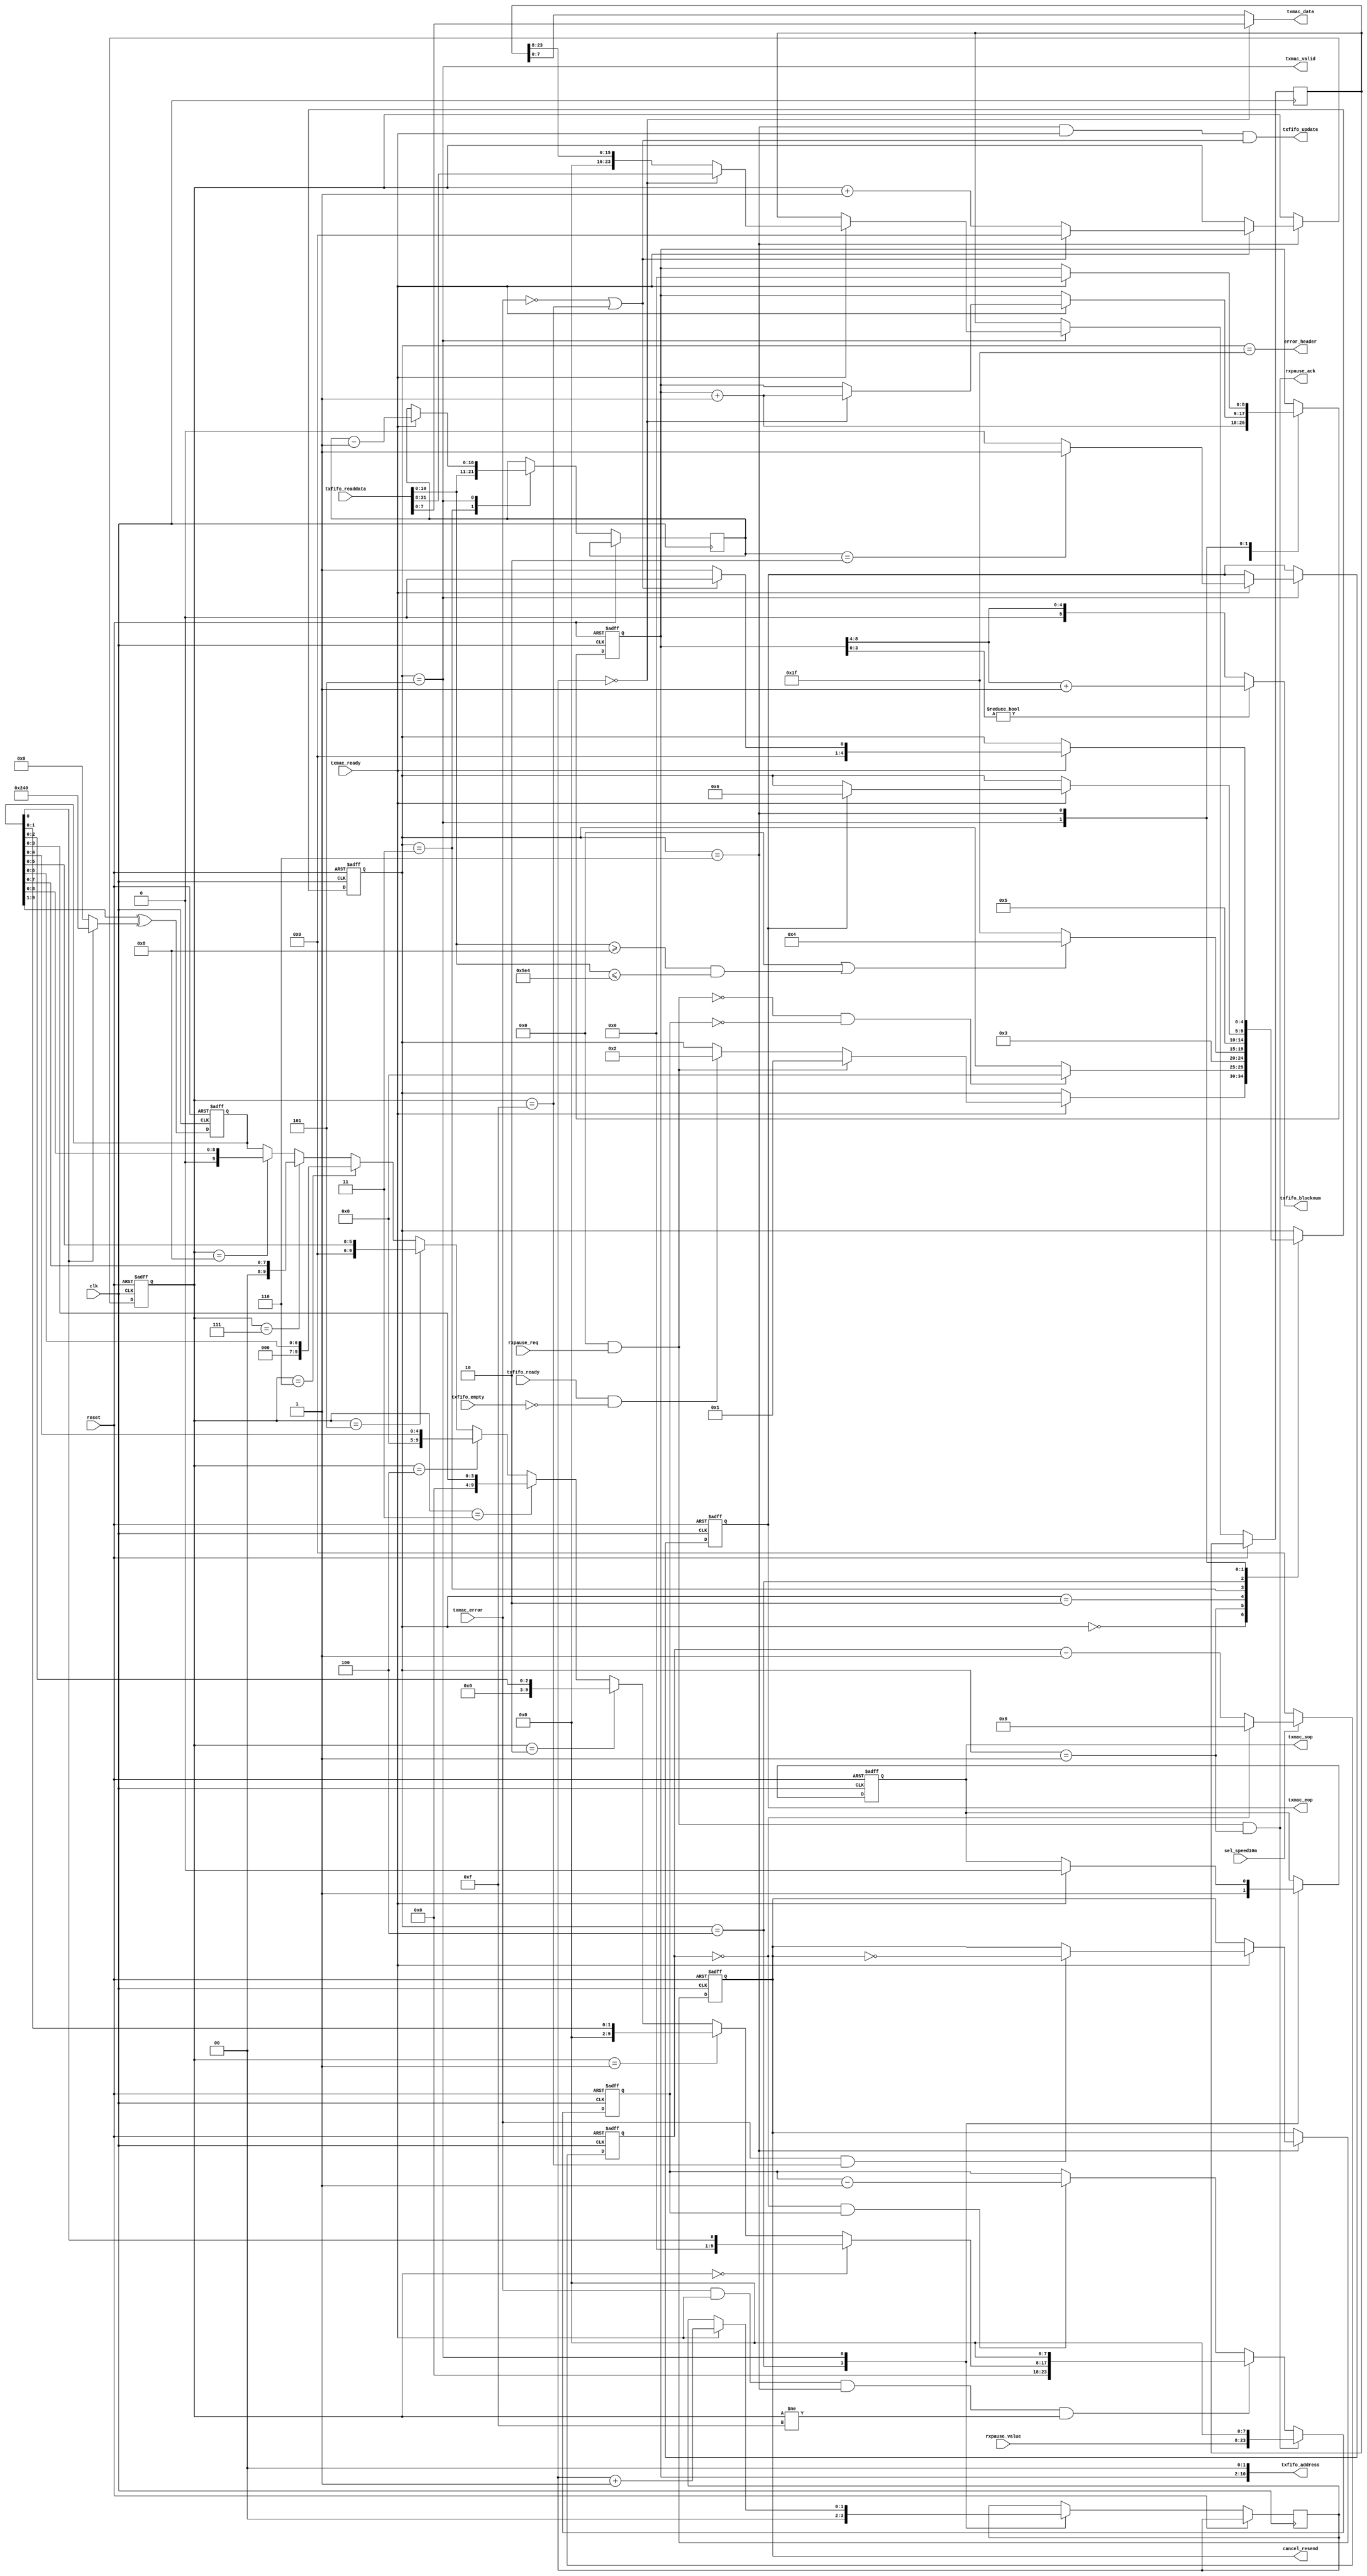
// ===================================================================
// TITLE : PERIDOT Ethernet I/O Extender / Packet Sender Control
//
//     DESIGN : s.osafune@j7system.jp (J-7SYSTEM WORKS LIMITED)
//            : 2022/08/29 (FIXED)
//
// ===================================================================
//
// The MIT License (MIT)
// Copyright (c) 2022 J-7SYSTEM WORKS LIMITED.
//
// Permission is hereby granted, free of charge, to any person obtaining a copy of
// this software and associated documentation files (the "Software"), to deal in
// the Software without restriction, including without limitation the rights to
// use, copy, modify, merge, publish, distribute, sublicense, and/or sell copies
// of the Software, and to permit persons to whom the Software is furnished to do
// so, subject to the following conditions:
//
// The above copyright notice and this permission notice shall be included in all
// copies or substantial portions of the Software.
//
// THE SOFTWARE IS PROVIDED "AS IS", WITHOUT WARRANTY OF ANY KIND, EXPRESS OR
// IMPLIED, INCLUDING BUT NOT LIMITED TO THE WARRANTIES OF MERCHANTABILITY,
// FITNESS FOR A PARTICULAR PURPOSE AND NONINFRINGEMENT. IN NO EVENT SHALL THE
// AUTHORS OR COPYRIGHT HOLDERS BE LIABLE FOR ANY CLAIM, DAMAGES OR OTHER
// LIABILITY, WHETHER IN AN ACTION OF CONTRACT, TORT OR OTHERWISE, ARISING FROM,
// OUT OF OR IN CONNECTION WITH THE SOFTWARE OR THE USE OR OTHER DEALINGS IN THE
// SOFTWARE.
//

// []
//
// MEMFIFO
//   +0 : FIFO(bit10-0:len)
//   +4 : 03()
//   +8 : 45
//    :
//   +n : (n-1)*4(len-1)
//
// FIFO
//   blocknum = (len + 4 + (BLOCKSIZE - 1)) / BLOCKSIZE
//
// rxpauseAvalon-ST
//   rxpause_req    valid
//   rxpause_value  data
//   rxpause_ack    ready
//

// Verilog-2001 / IEEE 1364-2001
`default_nettype none

module peridot_ethio_txctrl #(
	parameter PACKET_LENGTH_MIN			= 8,	// (864, DA+TYPE)
	parameter PACKET_LENGTH_MAX			= 1508,	// (5121508, DA+TYPE+)
	parameter PACKET_RESENDNUM_MAX		= 15,	// (115, IGNORE_COLLISION_DETECT=0)
	parameter BACKOFF_TIMESLOT_UNIT		= 1,	// (1)
	parameter FIFO_BLOCKNUM_BITWIDTH	= 6,	// FIFO (2^n) : 4
	parameter FIFO_BLOCKSIZE_BITWIDTH	= 6,	//  (2^n) : 2
	parameter IGNORE_LENGTH_CHECK		= 0,	// 1=
	parameter IGNORE_COLLISION_DETECT	= 0,	// 1=()
	parameter ACCEPT_PAUSE_FRAME		= 0		// 1=PAUSE(0PAUSE)
) (
	input wire			reset,
	input wire			clk,
	input wire			sel_speed10m,	// 0=100Mbps, 1=10Mbps
	output wire			cancel_resend,	//  :  
	output wire			error_header,	// FIFO : ()

	// PAUSE 
	input wire			rxpause_req,	// PAUSE 
	input wire  [15:0]	rxpause_value,
	output wire			rxpause_ack,

	// FIFO 
	input wire			txfifo_ready,
	output wire			txfifo_update,
	output wire [FIFO_BLOCKNUM_BITWIDTH-1:0] txfifo_blocknum,
	input wire			txfifo_empty,
	output wire [10:0]	txfifo_address,
	input wire  [31:0]	txfifo_readdata,

	// MAC 
	input wire			txmac_ready,
	output wire			txmac_valid,
	output wire [7:0]	txmac_data,
	output wire			txmac_sop,
	output wire			txmac_eop,
	input wire			txmac_error		// 1=(), SOP 
);


/* =====  ========== */



/* -----  ------------------ */

	localparam	STATE_IDLE		= 5'd0,
				STATE_BACKOFF	= 5'd1,
				STATE_START1	= 5'd2,
				STATE_START2	= 5'd3,
				STATE_START3	= 5'd4,
				STATE_TXDATA	= 5'd5,
				STATE_RESEND	= 5'd6,
				STATE_ABORT		= 5'd31;

	localparam EOP_DATACOUNT	= 1 + 1;	// TXFIFO 


/*  */

/* =====  ====================== */
	wire			reset_sig = reset;		//  
	wire			clock_sig = clk;		//  

	wire			txmac_error_sig;
	wire			tx_ready_sig;
	wire			tx_valid_sig, tx_sop_sig, tx_eop_sig;
	wire [7:0]		tx_data_sig;
	wire			rxpause_req_sig;

	reg  [4:0]		txstate_reg;
	reg				tx_sop_reg;
	reg				tx_eop_reg;
	reg  [10:0]		data_count_reg;
	reg  [1:0]		byte_sel_reg;
	reg  [8:0]		memfifo_addr_reg;
	reg  [31:8]		memfifo_data_reg;
	reg  [3:0]		resend_count_reg;
	reg				err_toggle_reg;
	wire [FIFO_BLOCKNUM_BITWIDTH-1:0] update_blocknum_sig;

	reg  [3:0]		clkdiv_count_reg;
	reg  [23:0]		wait_count_reg;
	wire			wait_done_sig;

	reg  [9:0]		lfsr_reg;
	wire [15:0]		wait_value_sig;


/* wirereg */

/* =====  ============== */

//	assign test_tx_ready = tx_ready_sig;
//	assign test_wait_done = wait_done_sig;



/* =====  ============== */

	// MAC-TX 

	assign txmac_error_sig = (!IGNORE_COLLISION_DETECT && txmac_error);

	assign txmac_valid = tx_valid_sig;
	assign txmac_data = tx_data_sig;
	assign txmac_sop = tx_sop_sig;
	assign txmac_eop = tx_eop_sig;


	// FSM 

	assign tx_ready_sig = txmac_ready;
	assign rxpause_req_sig = (ACCEPT_PAUSE_FRAME && rxpause_req);

	always @(posedge clock_sig or posedge reset_sig) begin
		if (reset_sig) begin
			txstate_reg <= STATE_IDLE;
			tx_sop_reg <= 1'b0;
			tx_eop_reg <= 1'b0;
			memfifo_addr_reg <= 1'd0;
			resend_count_reg <= 1'd0;
			err_toggle_reg <= 1'b0;
		end
		else begin
			case (txstate_reg)

			STATE_IDLE : begin
				if (tx_ready_sig) begin
					if (rxpause_req_sig) begin
						txstate_reg <= STATE_BACKOFF;
					end
					else if (txfifo_ready && !txfifo_empty) begin
						txstate_reg <= STATE_START1;
					end
				end
			end

			//  
			STATE_BACKOFF : begin
				if (wait_done_sig) begin
					txstate_reg <= STATE_IDLE;
				end
			end

			//  
			STATE_START1 : begin
				txstate_reg <= STATE_START2;
				memfifo_addr_reg <= memfifo_addr_reg + 1'd1;
			end
			STATE_START2 : begin
				data_count_reg <= txfifo_readdata[10:0];

				if (IGNORE_LENGTH_CHECK || (txfifo_readdata[10:0] >= PACKET_LENGTH_MIN[10:0] && txfifo_readdata[10:0] <= PACKET_LENGTH_MAX[10:0])) begin
					txstate_reg <= STATE_START3;
				end
				else begin
					txstate_reg <= STATE_ABORT;
				end
			end
			STATE_START3 : begin
				txstate_reg <= STATE_TXDATA;
				tx_sop_reg <= 1'b1;
				byte_sel_reg <= 2'b00;
			end

			STATE_TXDATA : begin
				if (tx_ready_sig) begin
					tx_sop_reg <= 1'b0;
					data_count_reg <= data_count_reg - 1'd1;

					if (tx_eop_reg) begin
						txstate_reg <= STATE_RESEND;
					end

					if (data_count_reg == EOP_DATACOUNT[10:0]) begin
						tx_eop_reg <= 1'b1;
					end
					else begin
						tx_eop_reg <= 1'b0;
					end

					byte_sel_reg <= byte_sel_reg + 1'd1;

					if (!byte_sel_reg) begin
						memfifo_addr_reg <= memfifo_addr_reg + 1'd1;
						memfifo_data_reg <= txfifo_readdata[31:8];
					end
					else begin
						memfifo_data_reg <= {8'h00, memfifo_data_reg[31:16]};
					end
				end
			end

			//  
			STATE_RESEND : begin
				if (tx_ready_sig) begin
					memfifo_addr_reg <= 1'd0;

					if (!txmac_error_sig || resend_count_reg == PACKET_RESENDNUM_MAX[3:0]) begin
						txstate_reg <= STATE_IDLE;
						resend_count_reg <= 1'd0;
					end
					else begin
						txstate_reg <= STATE_BACKOFF;
						resend_count_reg <= resend_count_reg + 1'd1;
					end

					if (txmac_error_sig && resend_count_reg == PACKET_RESENDNUM_MAX[3:0]) begin
						err_toggle_reg <= ~err_toggle_reg;
					end
				end
			end

			// ()
			STATE_ABORT : begin
			end

			endcase
		end
	end

	assign cancel_resend = (!IGNORE_COLLISION_DETECT && err_toggle_reg);
	assign error_header = (txstate_reg == STATE_ABORT);

	assign rxpause_ack = (rxpause_req_sig && txstate_reg == STATE_BACKOFF);

	assign txfifo_update = (txstate_reg == STATE_RESEND && tx_ready_sig && (!txmac_error_sig || resend_count_reg == PACKET_RESENDNUM_MAX[3:0]));
	assign update_blocknum_sig = memfifo_addr_reg[8:FIFO_BLOCKSIZE_BITWIDTH-2];
	assign txfifo_blocknum = (memfifo_addr_reg[(FIFO_BLOCKSIZE_BITWIDTH-2)-1:0])? update_blocknum_sig + 1'd1 : update_blocknum_sig;
	assign txfifo_address = {memfifo_addr_reg, 2'b00};

	assign tx_valid_sig = (txstate_reg == STATE_TXDATA);
	assign tx_data_sig = (!byte_sel_reg)? txfifo_readdata[7:0] : memfifo_data_reg[15:8];
	assign tx_sop_sig = tx_sop_reg;
	assign tx_eop_sig = tx_eop_reg;


	//  

	always @(posedge clock_sig or posedge reset_sig) begin
		if (reset_sig) begin
			clkdiv_count_reg <= 1'd0;
			wait_count_reg <= 1'd0;
		end
		else begin
			if (sel_speed10m) begin
				if (!clkdiv_count_reg) begin
					clkdiv_count_reg <= 4'd9;
				end
				else begin
					clkdiv_count_reg <= clkdiv_count_reg - 1'd1;
				end
			end
			else begin
				clkdiv_count_reg <= 4'd0;
			end

			if (rxpause_req_sig && txstate_reg == STATE_BACKOFF) begin
				wait_count_reg <= {rxpause_value, 8'h00};
			end
			else if (txmac_error_sig && tx_ready_sig && txstate_reg == STATE_RESEND && resend_count_reg != PACKET_RESENDNUM_MAX[3:0]) begin
				wait_count_reg <= {wait_value_sig, 8'h00};
			end
			else if (!clkdiv_count_reg && wait_count_reg) begin
				wait_count_reg <= wait_count_reg - BACKOFF_TIMESLOT_UNIT[7:0];
			end
		end
	end

	assign wait_done_sig = ((IGNORE_COLLISION_DETECT && !ACCEPT_PAUSE_FRAME) || (!rxpause_req_sig && !wait_count_reg));


	//  

	always @(posedge clock_sig or posedge reset_sig) begin
		if (reset_sig) begin
			lfsr_reg <= {10{1'b1}};
		end
		else begin
			lfsr_reg <= {1'b0, lfsr_reg[9:1]} ^ ((lfsr_reg[0])? 10'b10_0100_0000 : 10'd0);
		end
	end

	assign wait_value_sig =
			(resend_count_reg == 4'd0 )? {15'b0, lfsr_reg[0]} :
			(resend_count_reg == 4'd1 )? {14'b0, lfsr_reg[1:0]} :
			(resend_count_reg == 4'd2 )? {13'b0, lfsr_reg[2:0]} :
			(resend_count_reg == 4'd3 )? {12'b0, lfsr_reg[3:0]} :
			(resend_count_reg == 4'd4 )? {11'b0, lfsr_reg[4:0]} :
			(resend_count_reg == 4'd5 )? {10'b0, lfsr_reg[5:0]} :
			(resend_count_reg == 4'd6 )? { 9'b0, lfsr_reg[6:0]} :
			(resend_count_reg == 4'd7 )? { 8'b0, lfsr_reg[7:0]} :
			(resend_count_reg == 4'd8 )? { 7'b0, lfsr_reg[8:0]} :
			{6'b0, lfsr_reg};



endmodule

`default_nettype wire